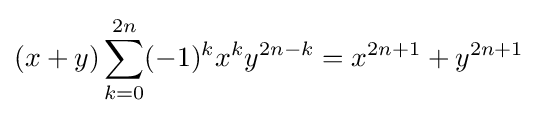
(x+y)\sum _{k=0}^{2n}(-1)^{k}x^{k}y^{2n-k}=x^{2n+1}+y^{2n+1}